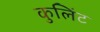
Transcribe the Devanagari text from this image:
कुलिंट